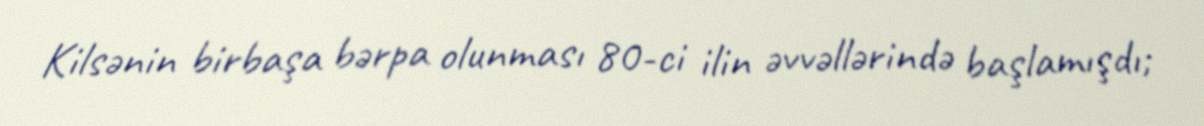
Kilsənin birbaşa bərpa olunması 80-ci ilin əvvəllərində başlamışdı;